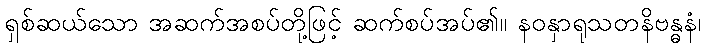
ရှစ်ဆယ်သော အဆက်အစပ်တို့ဖြင့် ဆက်စပ်အပ်၏။ နဝနှာရုသတနိဗန္ဓနံ၊